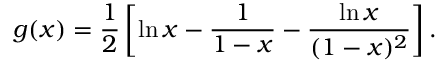
g ( x ) = \frac { 1 } { 2 } \left[ \ln x - \frac { 1 } { 1 - x } - \frac { \ln x } { ( 1 - x ) ^ { 2 } } \right] .